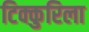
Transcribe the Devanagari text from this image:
टिक्कुरिला